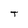
Character: T